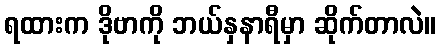
ရထားက ဒိုဗာကို ဘယ်နှနာရီမှာ ဆိုက်တာလဲ။